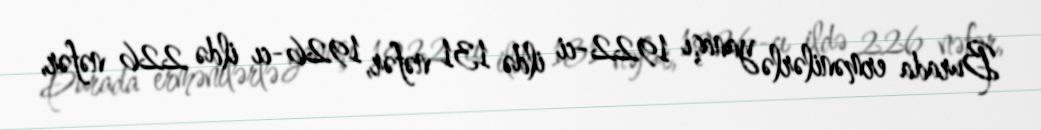
Burada ermənilərlə yanaşı 1922-ci ildə 131 nəfər, 1926-cı ildə 226 nəfər,